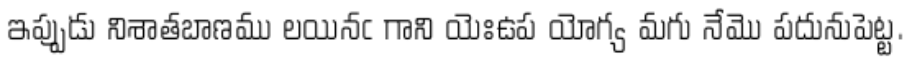
ఇప్పుడు నిశాతబాణము లయినఁ గాని యెఃఉప యోగ్య మగు నేమొ పదునుపెట్ట.